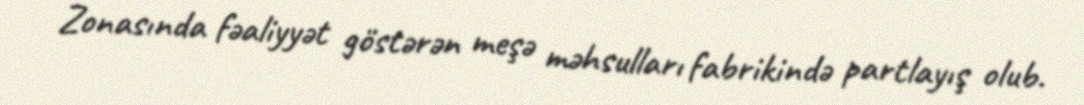
Zonasında fəaliyyət göstərən meşə məhsulları fabrikində partlayış olub.